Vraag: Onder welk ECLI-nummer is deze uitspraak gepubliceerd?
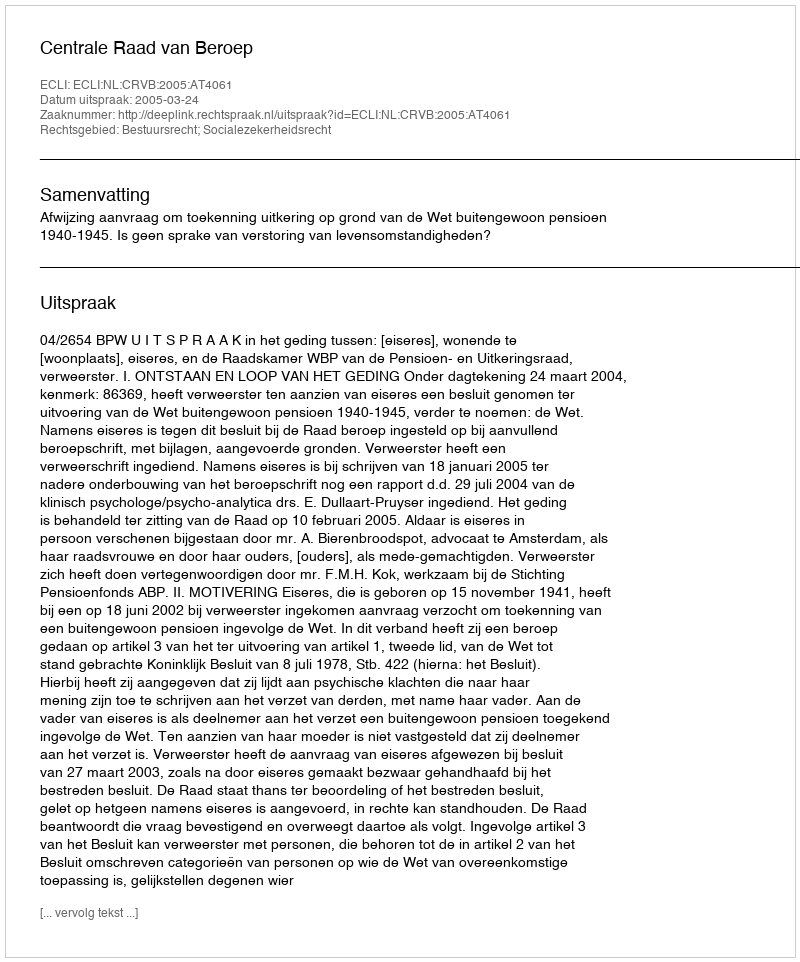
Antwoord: ECLI:NL:CRVB:2005:AT4061